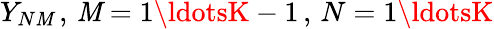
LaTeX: Y_{N\mathit{M}}\, ,\, \mathit{M}=1\ldotsK-1\, ,\, N=1\ldotsK